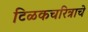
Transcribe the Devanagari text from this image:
टिळकचरित्राचे